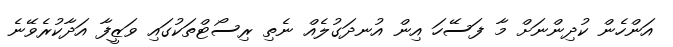
އަންހެން ކުދިންނަށް މާ ފަސޭހަ އިން އުނދަގުލެއް ނެތި ރިސޯޓްތަކުގައި ވަޒީފާ އަދާކުރެވޭނެ